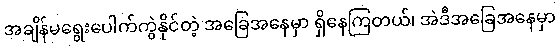
အချိန်မရွေးပေါက်ကွဲနိုင်တဲ့ အခြေအနေမှာ ရှိနေကြတယ်၊ အဲဒီအခြေအနေမှာ